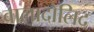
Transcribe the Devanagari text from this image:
वालादोलिद